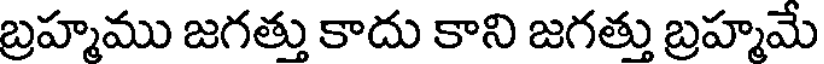
బ్రహ్మము జగత్తు కాదు కాని జగత్తు బ్రహ్మమే